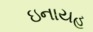
ઇનાયહ